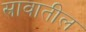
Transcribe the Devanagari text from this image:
स्रावातील